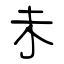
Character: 未